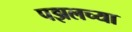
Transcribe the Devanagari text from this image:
पझलच्या